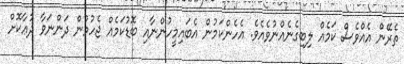
ތެރޭން އެއްވެސް ކަމެއް ލިބިގެނެއްނުވެއެވެ. އެހެންކަމުން އެބައިމީހުންނާއި ބޮޑުކަމެއް ޖެހުމުން ދަންނަވާ ދުޢާކޮށް